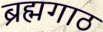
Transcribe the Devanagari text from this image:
ब्रह्मगाठ